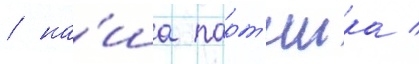
/ на́ша парт'иика /